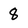
Character: 8